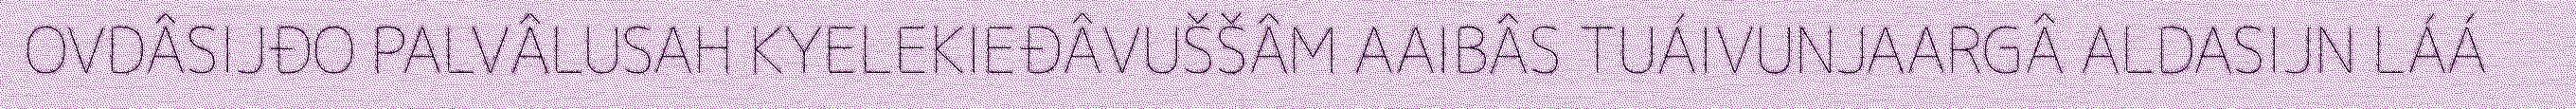
OVDÂSIJĐO PALVÂLUSAH KYELEKIEĐÂVUŠŠÂM AAIBÂS TUÁIVUNJAARGÂ ALDASIJN LÁÁ